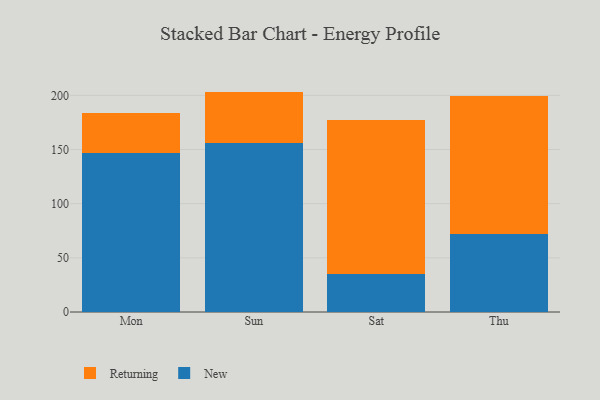
{"axis": {"x": "Day", "y": "Gross Profit (USD K)"}, "legend": ["New", "Returning"], "data": [{"x": "Mon", "y": 146.8, "type": "New"}, {"x": "Mon", "y": 37.3, "type": "Returning"}, {"x": "Sun", "y": 156.3, "type": "New"}, {"x": "Sun", "y": 47.2, "type": "Returning"}, {"x": "Sat", "y": 35.5, "type": "New"}, {"x": "Sat", "y": 141.7, "type": "Returning"}, {"x": "Thu", "y": 72.0, "type": "New"}, {"x": "Thu", "y": 127.9, "type": "Returning"}]}